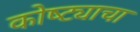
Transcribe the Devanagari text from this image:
कोष्ट्याचा